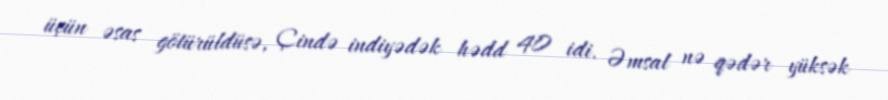
üçün əsas götürüldüsə, Çində indiyədək hədd 40 idi. Əmsal nə qədər yüksək